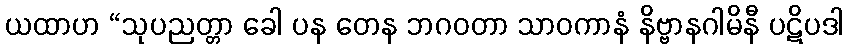
ယထာဟ “သုပညတ္တာ ခေါ ပန တေန ဘဂဝတာ သာဝကာနံ နိဗ္ဗာနဂါမိနီ ပဋိပဒါ